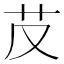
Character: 𦬐